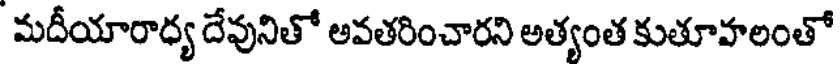
మదీయారాధ్య దేవునితో అవతరించారని అత్యంత కుతూహలంతో